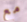
مع